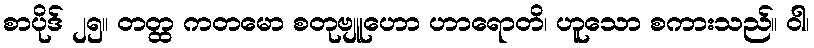
စာပိုဒ် ၂၅။ တတ္ထ ကတမော စတုဗျူဟော ဟာရောတိ၊ ဟူသော စကားသည်။ ဝါ၊